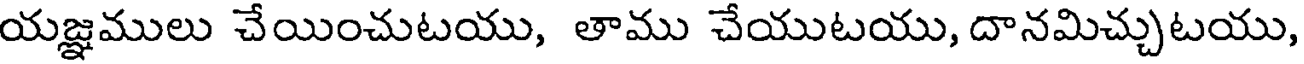
యజ్ఞములు చేయించుటయు, తాము చేయుటయు, దానమిచ్చుటయు,